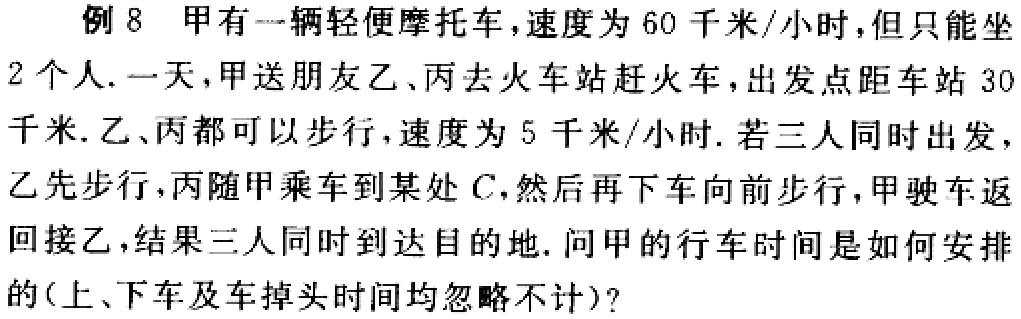
例 8 甲有一辆轻便摩托车，速度为 60 千米/小时，但只能坐
2 个人. 一天，甲送朋友乙、丙去火车站赶火车，出发点距车站 30
千米. 乙、丙都可以步行，速度为 5 千米/小时. 若三人同时出发，
乙先步行，丙随甲乘车到某处 \(C\)，然后再下车向前步行，甲驶车返
回接乙，结果三人同时到达目的地. 问甲的行车时间是如何安排
的(上、下车及车掉头时间均忽略不计)?